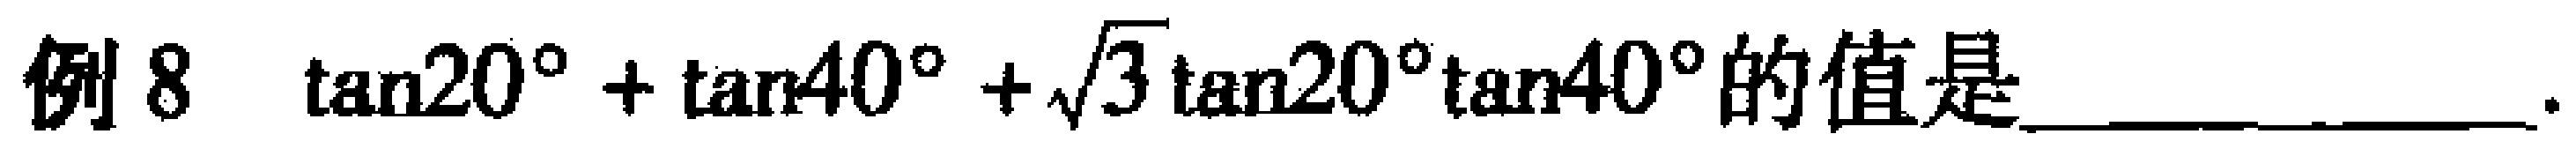
例8 $\tan20^{\circ}+\tan40^{\circ}+\sqrt{3}\tan20^{\circ}\tan40^{\circ}$的值是__________.